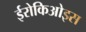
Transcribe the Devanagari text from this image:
ईरोकिओइस